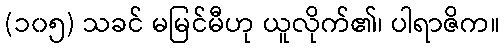
(၁၀၅) သခင် မမြင်မီဟု ယူလိုက်၏၊ ပါရာဇိက။